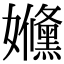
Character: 𡤥